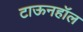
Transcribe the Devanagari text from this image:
टाऊनहॉल